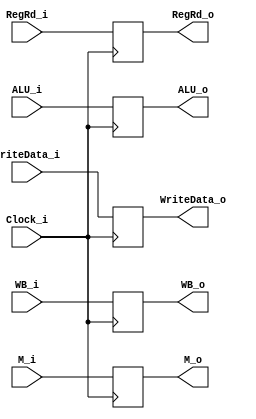
module EX_MEM(
    Clock_i,
    WB_i,
    M_i,
    ALU_i,
    RegRd_i,
    WriteData_i,
    WB_o,
    M_o,
    ALU_o,
    RegRd_o,
    WriteData_o
);

input Clock_i;
input [1:0] WB_i;
input [1:0] M_i;
input [4:0] RegRd_i;
input [31:0] ALU_i, WriteData_i;

output [1:0] WB_o;
output [1:0] M_o;
output [4:0] RegRd_o;
output [31:0] ALU_o, WriteData_o;

reg [1:0] WB_o;
reg [1:0] M_o;
reg [4:0] RegRd_o;
reg [31:0] ALU_o, WriteData_o;

initial begin
    WB_o = 0;
    M_o = 0;
    RegRd_o = 0;
    ALU_o = 0;
    WriteData_o = 0;
end

always@(posedge Clock_i)
begin
    WB_o <= WB_i;
    M_o <= M_i;
    RegRd_o <= RegRd_i;
    ALU_o <= ALU_i;
    WriteData_o <= WriteData_i;
end

endmodule